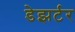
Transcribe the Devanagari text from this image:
डेझर्टर